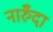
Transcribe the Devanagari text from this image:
नारुँदा